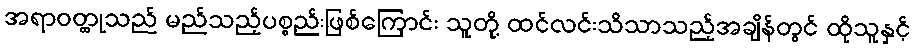
အရာဝတ္ထုသည် မည်သည့်ပစ္စည်းဖြစ်ကြောင်း သူတို့ ထင်လင်းသိသာသည့်အချိန်တွင် ထိုသူနှင့်